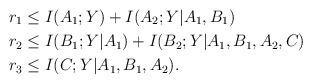
LaTeX: \begin{align*} r_1 &\le I(A_1;Y) + I(A_2;Y|A_1,B_1) \\ r_2 &\le I(B_1;Y|A_1) + I(B_2;Y|A_1,B_1,A_2,C)\\ r_3 &\le I(C;Y|A_1,B_1,A_2).\end{align*}